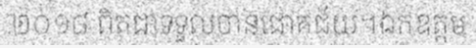
២០១៨ ពិតជាទទួលបានជោគជ័យ។ឯកឧត្តម